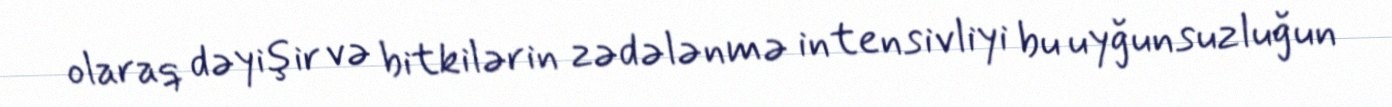
olaraq dəyişir və bitkilərin zədələnmə intensivliyi bu uyğunsuzluğun